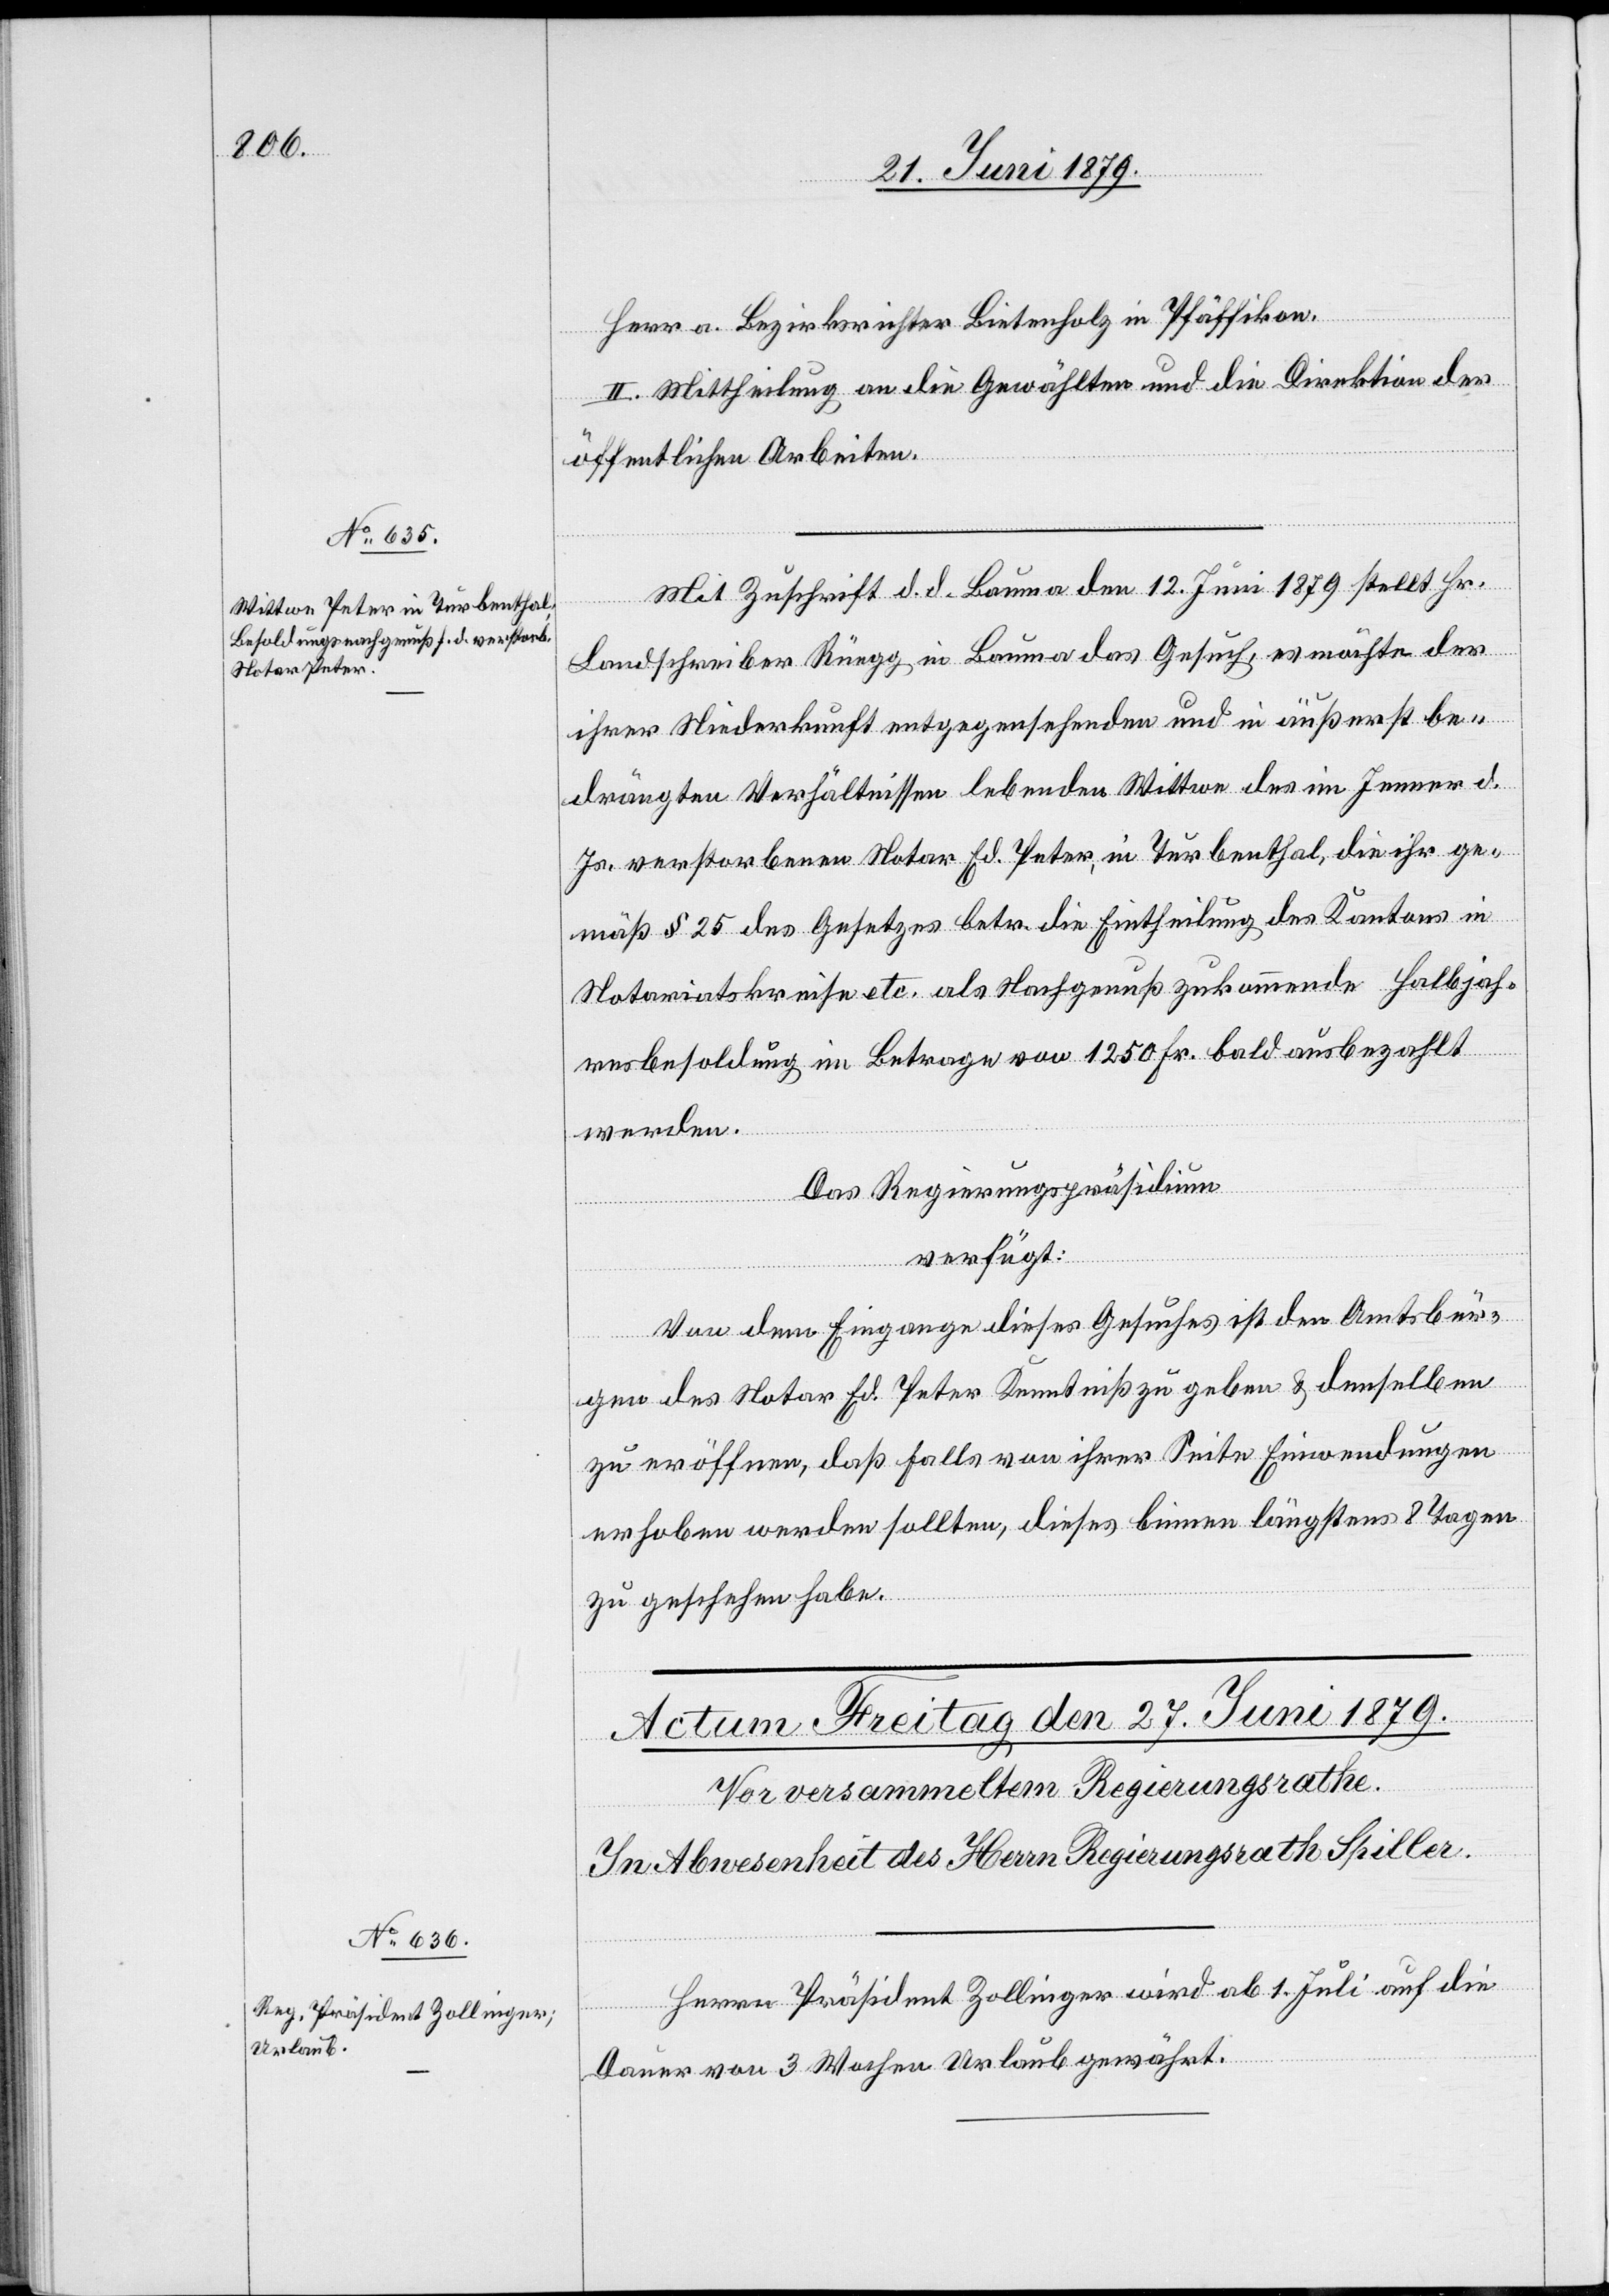
24. Juni 1879.]
Herr a. Bezirksrichter Bietenholz in Pfäffikon.
II. Mittheilung an die Gewählten und die Direktion der
öffentlichen Arbeiten.
Mit Zuschrift d. d. Bauma den 12. Juni 1879 stellt Hr.
Landschreiber Rüegg in Bauma das Gesuch, es möchte der
ihrer Niederkunft entgegensehenden und in äußerst be¬
drängten Verhältnissen lebenden Wittwe des im Jenner d.
Js. verstorbenen Notar Ed. Peter, in Turbenthal, die ihr ge¬
mäß § 25 des Gesetzes betr. die Eintheilung des Kantons in
Notariatskreise etc. als Nachgenuß zukommende Halbjah¬
resbesoldung im Betrage von 1250 Fr. bald ausbezahlt
werden.
Das Regierungspräsidium
verfügt:
Von dem Eingange dieses Gesuches ist den Amtsbür¬
gen des Notar Ed. Peter Kenntniß zu geben & denselben
zu eröffnen, daß falls von ihrer Seite Einwendungen
erhoben werden sollten, dieses binnen längstens 8 Tagen
zu geschehen habe.
Herrn Präsident Zollinger wird ab 1. Juli auf die
Dauer von 3 Wochen Urlaub gewährt.